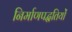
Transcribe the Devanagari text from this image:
निर्माणपद्धतियों